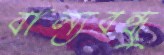
বাল্যবন্ধু